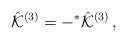
LaTeX: \begin{align*}\hat{\cal K}^{(3)} = -{}^{*}\hat{\cal K}^{(3)}\, ,\end{align*}